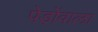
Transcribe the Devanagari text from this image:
पेड़ोंवाला